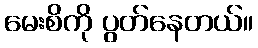
မေးစိကို ပွတ်နေတယ်။